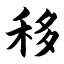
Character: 移